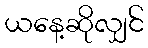
ယနေ့ဆိုလျှင်